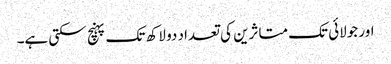
اور جولائی تک متاثرین کی تعداد دو لاکھ تک پہنچ سکتی ہے۔